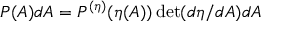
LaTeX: P ( A ) d A = P ^ { ( \eta ) } ( \eta ( A ) ) \operatorname* { d e t } ( d \eta / d A ) d A